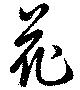
花